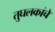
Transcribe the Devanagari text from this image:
तुघलकांचे